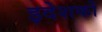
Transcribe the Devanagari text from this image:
इदेशकों